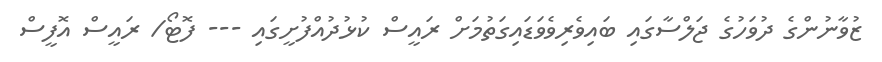
ޒުވާނުންގެ ދުވަހުގެ ޖަލްސާގައި ބައިވެރިވެވަޑައިގަތުމަށް ރައީސް ކުޅުދުއްފުށީގައި --- ފޮޓޯ/ ރައީސް އޮފީސް